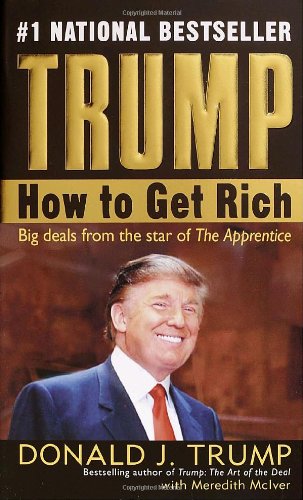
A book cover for Trump: How to Get Rich; Donald J. Trump; Business & Money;